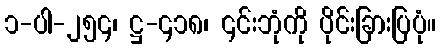
၁-ပါ-၂၅၄၊ ဋ္ဌ-၄၁၈၊ ၎င်းဘုံကို ပိုင်းခြားပြပုံ။